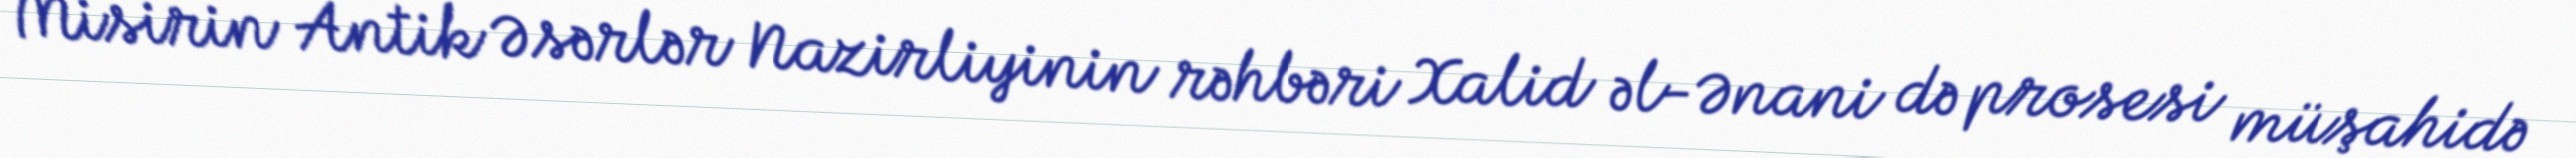
Misirin Antik Əsərlər Nazirliyinin rəhbəri Xalid əl-Ənani də prosesi müşahidə